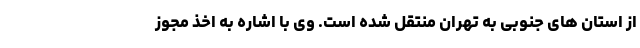
از استان های جنوبی به تهران منتقل شده است. وی با اشاره به اخذ مجوز